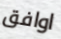
اوافق